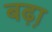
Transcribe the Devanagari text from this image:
बढ़़ा